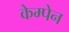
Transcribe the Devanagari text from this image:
केम्पेन